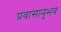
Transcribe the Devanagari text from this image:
प्रवासानुभव